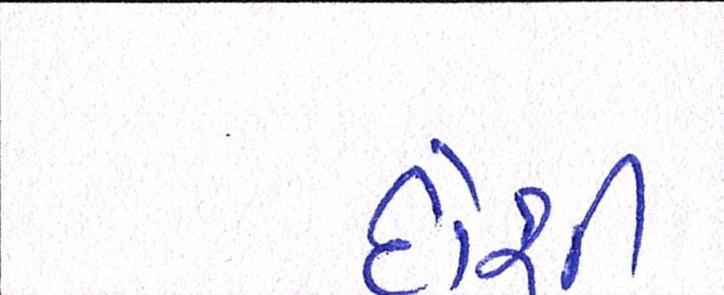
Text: દોશી